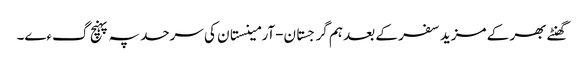
گھنٹے بھر کے مزید سفر کے بعد ہم گرجستان-آرمینستان کی سرحد پہ پہنچ گءے۔